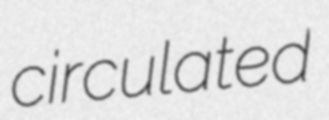
circulated